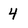
Character: 4